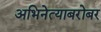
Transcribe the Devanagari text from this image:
अभिनेत्याबरोबर